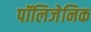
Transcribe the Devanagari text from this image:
पॉलिजेनिक